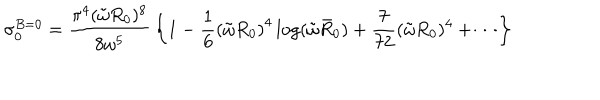
LaTeX: \sigma _ { 0 } ^ { B = 0 } = { \frac { \pi ^ { 4 } ( \tilde { \omega } R _ { 0 } ) ^ { 8 } } { 8 \omega ^ { 5 } } } \left\{ 1 - { \frac { 1 } { 6 } } \left( \tilde { \omega } R _ { 0 } \right) ^ { 4 } \log ( \tilde { \omega } \bar { R } _ { 0 } ) + { \frac { 7 } { 7 2 } } ( \tilde { \omega } R _ { 0 } ) ^ { 4 } + \cdots \right\}